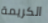
الكريمة